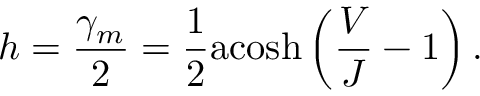
h = \frac { \gamma _ { m } } { 2 } = \frac { 1 } { 2 } \mathrm { a c o s h } \left( \frac { V } { J } - 1 \right) .